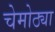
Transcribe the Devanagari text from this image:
चेमोठ्या